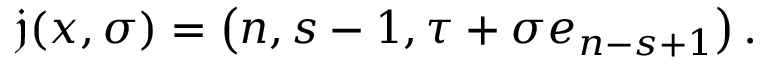
\mathfrak { j } ( x , \sigma ) = \left( n , s - 1 , \tau + \sigma e _ { n - s + 1 } \right) .